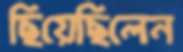
ছিয়েছিলেন